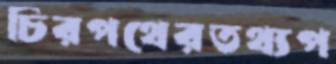
চিরপথেরতথ্যপ